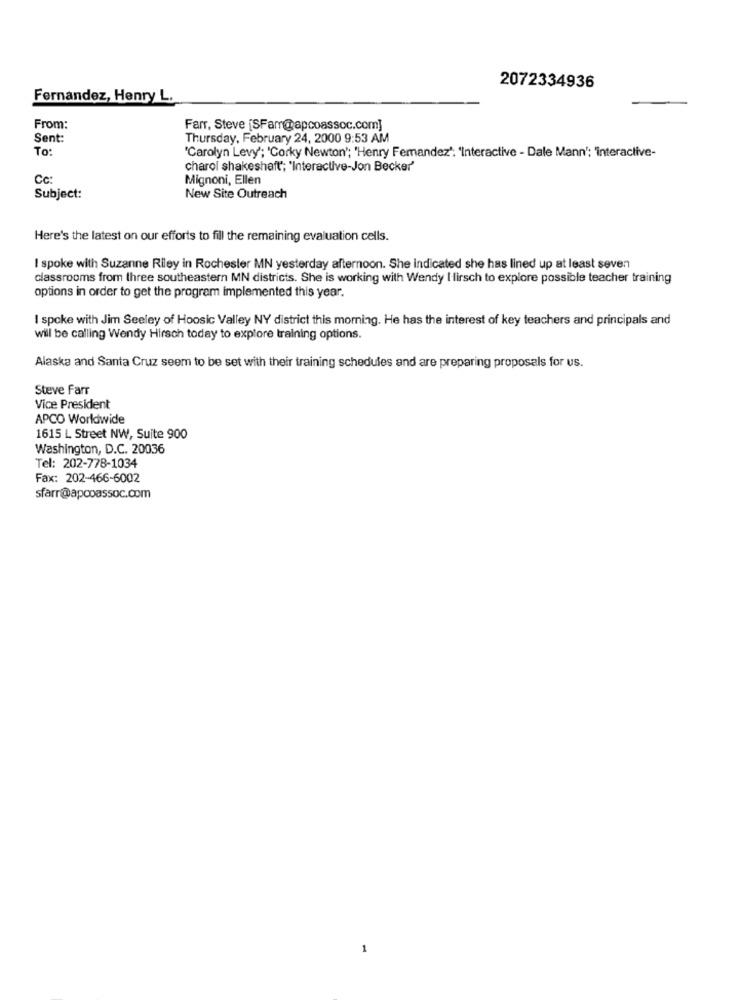
2072334936
Fernandez, Henry L.
From:
Farr, Steve [SFarr@apcoassoc.com]
Sent:
Thursday, February 24, 2000 9:53 AM
To:
"Carolyn Levy'; 'Corky Newton'; 'Henry Femandez': 'Interactive - Dale Mann'; 'interactive-
charol shakeshaft; "Interactive-Jon Becker'
Cc:
Mignoni, Ellen
Subject:
New Site Outreach
Here's the latest on our efforts to fill the remaining evaluation cells.
I spoke with Suzanne Riley in Rochester MN yesterday afternoon. She indicated she has lined up at least seven
classrooms from three southeastern MN districts. She is working with Wendy Hirsch to explore possible teacher training
options in order to get the program implemented this year.
I spoke with Jim Seeley of Hoosic Valley NY district this morning. He has the interest of key teachers and principals and
will be calling Wendy Hirsch today to explore training options.
Alaska and Santa Cruz seem to be set with their training schedules and are preparing proposals for us.
Steve Farr
Vice President
APCO Worldwide
1615 L Street NW, Suite 900
Washington, D.C. 20036
Tel: 202-778-1034
Fax: 202-466-6002
sfarr@apooassoc.com